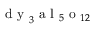
{ \mathrm { ~ d ~ y ~ } } _ { 3 } { \mathrm { ~ a ~ l ~ } } _ { 5 } { \mathrm { ~ o ~ } } _ { 1 2 }